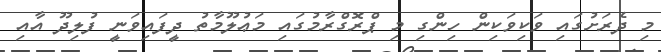
މި ދެރަށުގައި ވަކިވަކިން ހިންގި މި ޕްރޮގްރާމުގައި މަޢުލޫމާތު ދީފައިވަނީ ފުލިދޫ އާއި